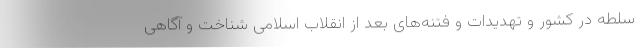
سلطه در کشور و تهدیدات و فتنه‌های بعد از انقلاب اسلامی شناخت و آگاهی